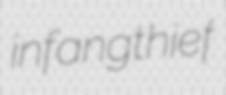
infangthief